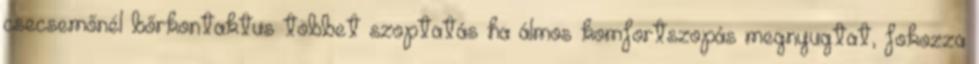
csecsemőnél bőrkontaktus többet szoptatás ha álmos komfortszopás megnyugtat, fokozza